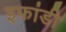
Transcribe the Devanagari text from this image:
इफांडी